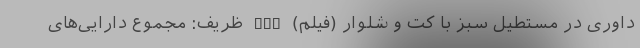
داوری در مستطیل سبز با کت و شلوار (فیلم) nan ظریف: مجموع دارایی‌های